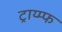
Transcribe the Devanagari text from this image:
ट्राय्म्फ